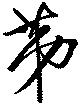
苐